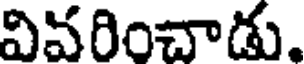
వివరించాడు.